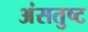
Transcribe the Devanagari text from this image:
अंसतुष्ट